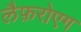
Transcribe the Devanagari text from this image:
लैफ़रोएग